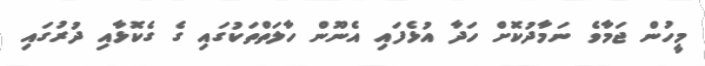
މީހުން ޖަމާވެ ނަމާދުކޮށް ހަދާ އުޅެފައި އެނޫން ހާލަތްތަކުގައި ގެ ގެކޮޅާއި ދުރުގައި